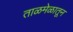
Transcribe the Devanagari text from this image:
ताळमेळातून